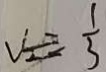
v \equiv \frac { 1 } { 3 }